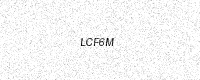
Text: LCF6M